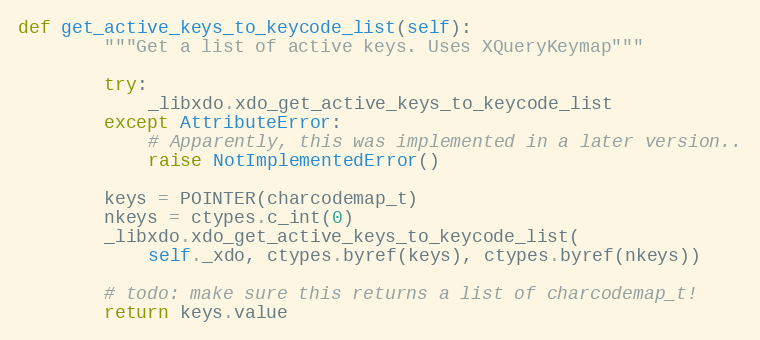
Language: Python
def get_active_keys_to_keycode_list(self):
        """Get a list of active keys. Uses XQueryKeymap"""

        try:
            _libxdo.xdo_get_active_keys_to_keycode_list
        except AttributeError:
            # Apparently, this was implemented in a later version..
            raise NotImplementedError()

        keys = POINTER(charcodemap_t)
        nkeys = ctypes.c_int(0)
        _libxdo.xdo_get_active_keys_to_keycode_list(
            self._xdo, ctypes.byref(keys), ctypes.byref(nkeys))

        # todo: make sure this returns a list of charcodemap_t!
        return keys.value